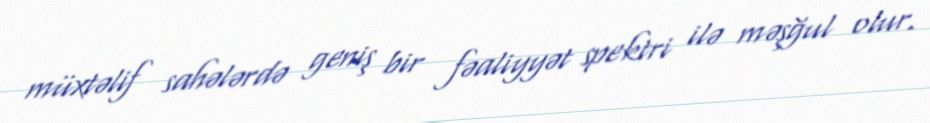
müxtəlif sahələrdə geniş bir fəaliyyət spektri ilə məşğul olur.